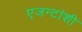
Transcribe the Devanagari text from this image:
एजन्टांशी